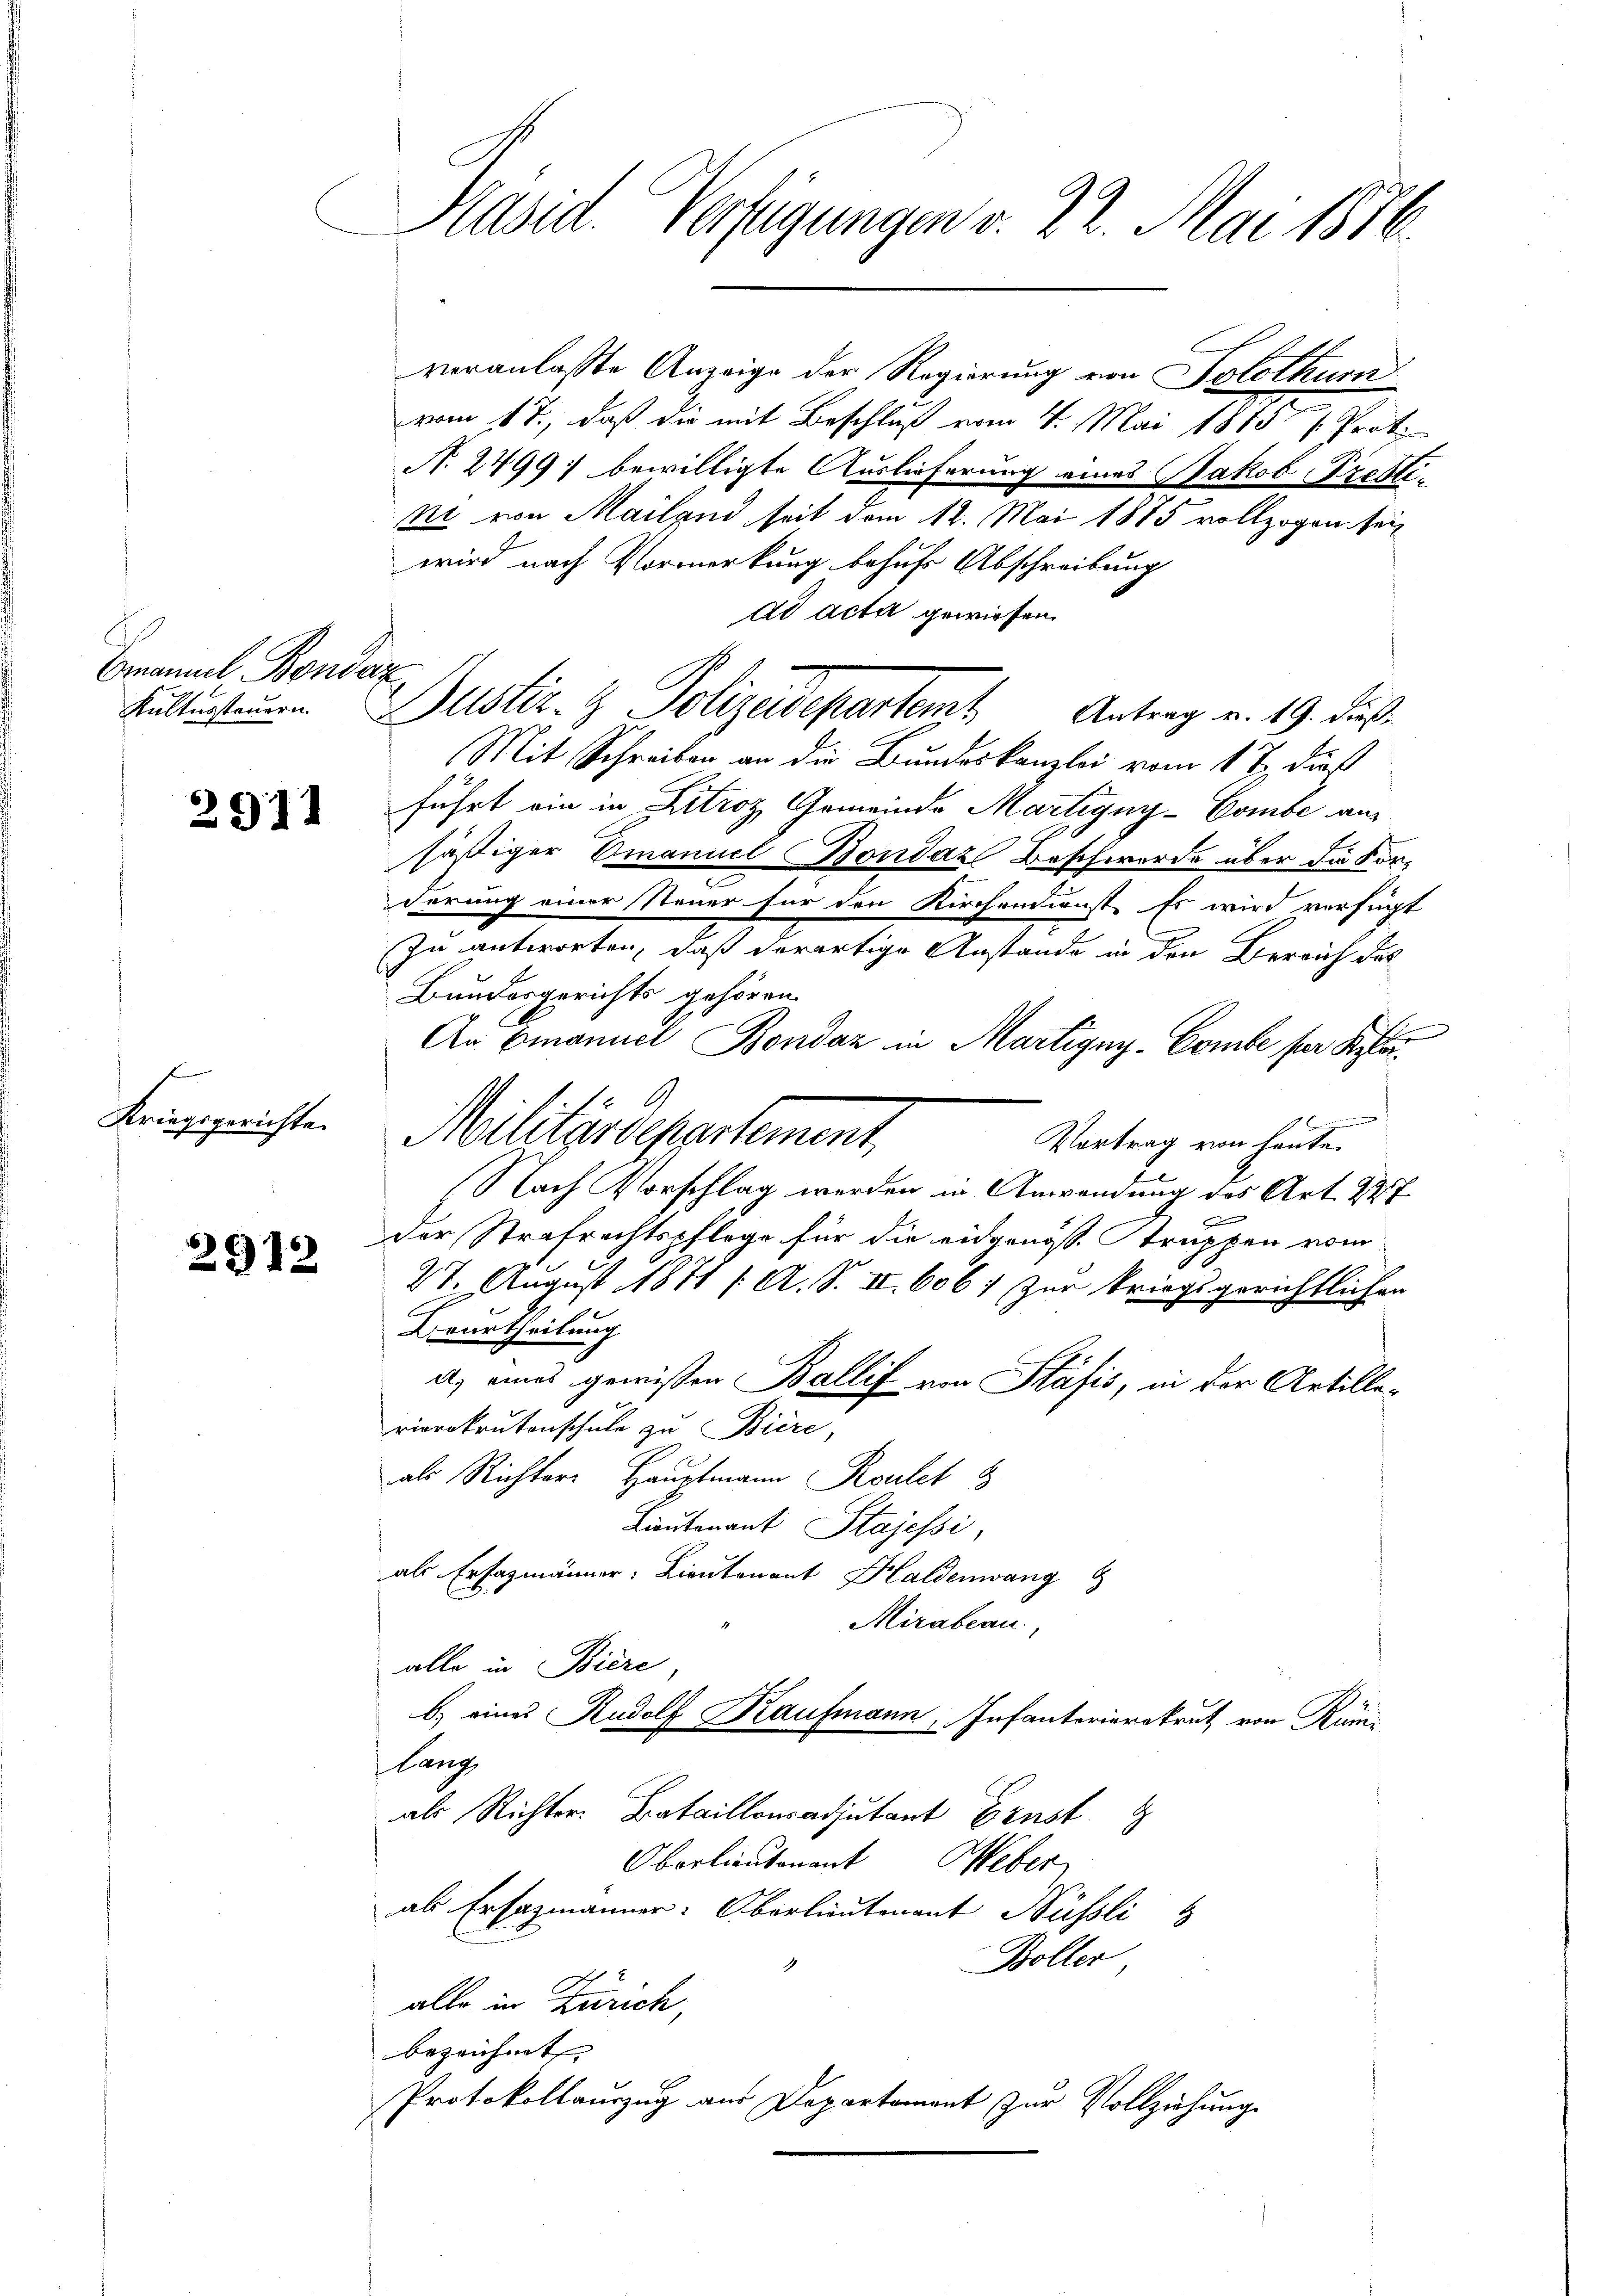
Emanuel Bondaz

f
Kriegsgerichte.

2912

Präsid. Verfügungen v. 22. Mai 1876

Militärdepartement

Kultursten Justiz- & Polizeidepartem Antrag v. 19. dieß¬

veranlasste Anzeige der Regierung von Solothum
vom 17., daß die mit Beschluß vom 4. Mai 1815 /. Proto
N. 2499; bewilligte Auslieferung eines Jakob Prestikr. von Mailand seit dem 12. Mai 1875 vollzogen sei,
wird nach Vormerkung behufs Abschreibung
ad acta gewiesen.
Mit Schreiben an die Bundeskanzlei vom 1 t dieß
führt ein in Zitroz, Gemeinde Martigny-Combe aus
häßiger Emanuel Bondaz Beschwerde über die Fore
derung einer Steuer für den Kirchendienst. Es wird verfügt
zu antworten, daß derartige Anstande in den Bereich des
Bundesgerichts gehören.
An Emanuel Bondaz in Martigny-Combe per Scha
eiung
Vortrag von heute.
Nach Vorschlag werden in Anwendung des Art. 227
der Strafrechtspflege für die eidgenöss. Struppen vom
27. August 1871 /A. S. II. 6067 zur kriegsgerichtlichen
Ururtheilung
a) eines gewissen Ballif von Stäfis, in der Artillerierekrutenschule zu Biere,
als Richters Hauptmann Roulet
Lieutenant Stajessi,
als Erfazmänner: Lieutenant Haldenwang
Mirabeau
alle in Biere
b.) eines Rudolf Kaufmann, Infanterierekrut, von Rüm¬
Lang
als Richter Bataillonsadjutant Ernst
Oberlieutenant Weber
als Ersazmänner: Oberlautenant Nüssli
Boller
alle in Zürich,
bezeichnet
Protokollauszug aus Departement zur Vollziehung